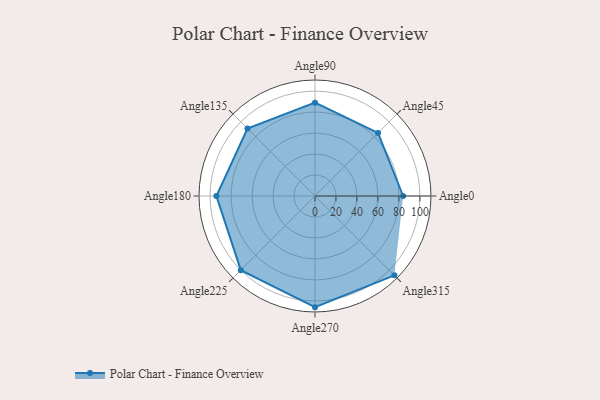
{"axis": {"x": "Angle", "y": "Radius"}, "legend": [""], "data": [{"x": "Angle0", "y": 84.0, "type": ""}, {"x": "Angle45", "y": 85.0, "type": ""}, {"x": "Angle90", "y": 89.0, "type": ""}, {"x": "Angle135", "y": 91.0, "type": ""}, {"x": "Angle180", "y": 94.0, "type": ""}, {"x": "Angle225", "y": 100.0, "type": ""}, {"x": "Angle270", "y": 106.0, "type": ""}, {"x": "Angle315", "y": 107.0, "type": ""}]}